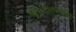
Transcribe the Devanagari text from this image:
क्यूप्रमसायनाइड